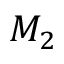
M _ { 2 }